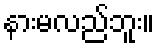
နားမလည်ဘူး။